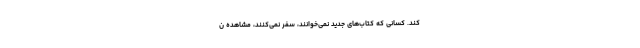
کند. کسانی که کتاب­‌های جدید نمی­‌خوانند، سفر نمی­‌کنند، مشاهده ن